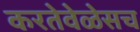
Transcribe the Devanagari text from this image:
करतेवेळेसच